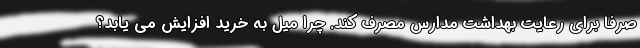
صرفا برای رعایت بهداشت مدارس مصرف کند. چرا میل به خرید افزایش می یابد؟